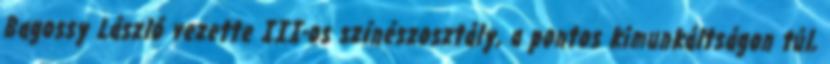
Bagossy László vezette III-os színészosztály, a pontos kimunkáltságon túl,